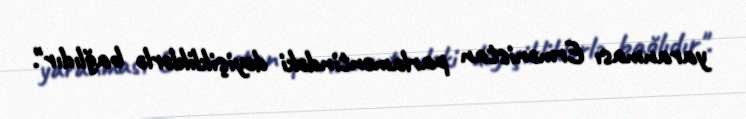
yaranması Ermənistan parlamentindəki dəyişikliklərlə bağlıdır".